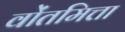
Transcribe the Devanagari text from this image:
वोंतमित्ता